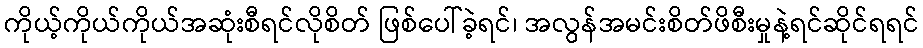
ကိုယ့်ကိုယ်ကိုယ်အဆုံးစီရင်လိုစိတ် ဖြစ်ပေါ်ခဲ့ရင်၊ အလွန်အမင်းစိတ်ဖိစီးမှုနဲ့ရင်ဆိုင်ရရင်